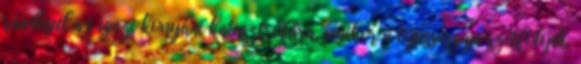
ráadásul az igazi konyhai katasztrófára, amikor a tojássárgája szétfolyik,